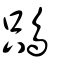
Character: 𩿦